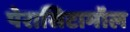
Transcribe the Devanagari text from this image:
पेरासिटामॉल